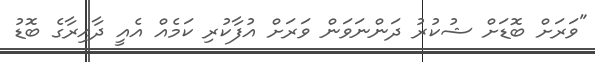
"ވަރަށް ބޮޑަށް ޝުކުރު ދަންނަވަން ވަރަށް އުފާކުރި ކަމެއް އެއީ ދާއިރާގެ ބޮޑު